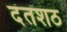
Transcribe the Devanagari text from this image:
दंतशठ